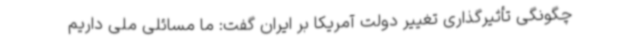
چگونگی تأثیرگذاری تغییر دولت آمریکا بر ایران گفت: ما مسائلی ملی داریم